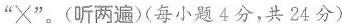
”×”。(听两遍)(每小题4分，共24分)